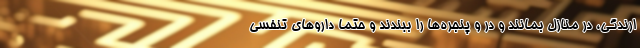
ارندگی، در منازل بمانند و در و پنجره‌ها را ببندند و حتما داروهای تنفسی